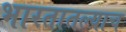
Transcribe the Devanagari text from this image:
भारतातल्याच